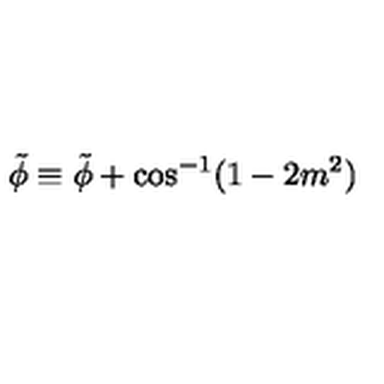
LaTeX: \tilde { \phi } \equiv \tilde { \phi } + \cos ^ { - 1 } ( 1 - 2 m ^ { 2 } )